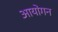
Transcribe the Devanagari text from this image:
आयोगन